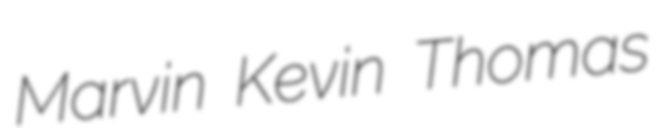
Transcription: Marvin Kevin Thomas